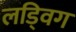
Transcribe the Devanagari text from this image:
लड्विग